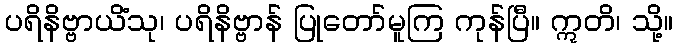
ပရိနိဗ္ဗာယိံသု၊ ပရိနိဗ္ဗာန် ပြုတော်မူကြ ကုန်ပြီ။ ဣတိ၊ သို့။